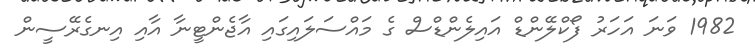
1982 ވަނަ އަހަރު ފޯކްލޭންޑް އައިލެންޑްސް ގެ މައްސަލައިގައި އާޖެންޓީނާ އާއި އިނގެރޭސީން